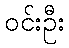
ဝင်းဦး